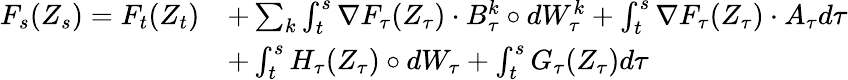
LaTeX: \begin{array}{rl}{F_{s}(Z_{s})=F_{t}(Z_{t})}&{+\sum_{k}\int_{t}^{s}\nabla F_{\tau}(Z_{\tau})\cdot B_{\tau}^{k}\circ dW_{\tau}^{k}+\int_{t}^{s}\nabla F_{\tau}(Z_{\tau})\cdot A_{\tau}d\tau}\\ &{+\int_{t}^{s}H_{\tau}(Z_{\tau})\circ dW_{\tau}+\int_{t}^{s}G_{\tau}(Z_{\tau})d\tau}\end{array}